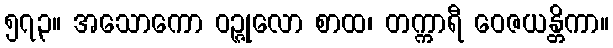
၅၇၃။ အသောကော ဝဉ္ဇုလော စာထ၊ တက္ကာရီ ဝေဇယန္တိကာ။